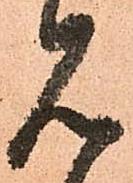
見